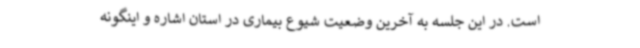
است. در این جلسه به آخرین وضعیت شیوع بیماری در استان اشاره و اینگونه